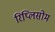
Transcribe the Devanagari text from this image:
रिप्लिसोम